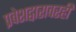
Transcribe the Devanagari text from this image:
प्रवेशद्वारावरही